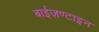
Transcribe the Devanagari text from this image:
बाईज़ण्टाइन